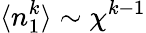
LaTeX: \langle n_{1}^{k}\rangle\sim\chi^{k-1}